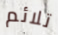
تلائم